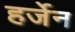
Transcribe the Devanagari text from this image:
हर्जेन